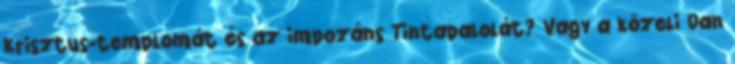
Krisztus-templomát és az impozáns Tintapalolát? Vagy a közeli Dan